Indian journal of veterinary science and animal husbandry - Volumes 15-17, 1948-1951
Year: 1948
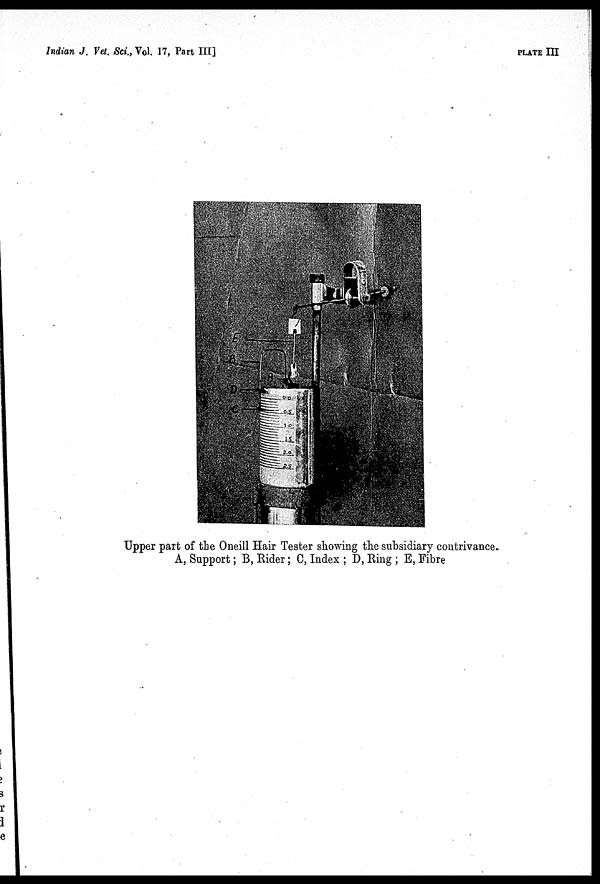
Indian J. Vet. Sci., Vol. 17, Part III]
PLATE III
Upper part of the Oneill Hair Tester showing the subsidiary contrivance.
A, Support; B, Rider; C, Index; D, Ring; E, Fibre